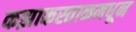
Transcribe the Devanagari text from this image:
कझाकस्तानमधून